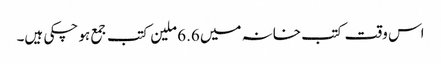
اس وقت کتب خانہ میں 6.6 ملین کتب جمع ہو چکی ہیں۔